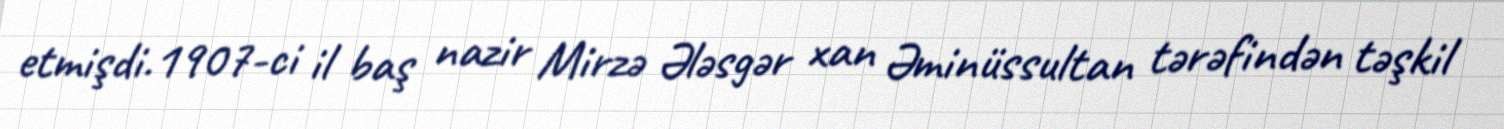
etmişdi.1907-ci il baş nazir Mirzə Ələsgər xan Əminüssultan tərəfindən təşkil